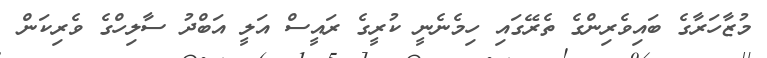
މުޒާހަރާގެ ބައިވެރިންގެ ތެރޭގައި ހިމެނެނީ ކުރީގެ ރައީސް އަލީ އަބްދު ސާލިހްގެ ވެރިކަން